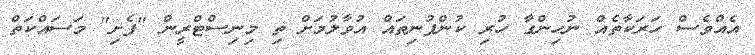
އެއްވެސް ހަރަކާތެއް ނުހިންގާ ހުރި ކުންފުނިތައް އުވާލުމަށް ތި މިނިސްޓްރީން "ފެށި" މަސައްކަތް